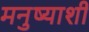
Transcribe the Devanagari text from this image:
मनुष्याशी